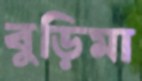
বুড়িমা